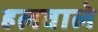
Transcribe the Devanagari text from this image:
हलवाले